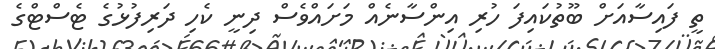
ތީ ފައިސާއަށް ބޫތުކައިފަ ހުރި އިންސާނެއް މަށައްވެސް ދިނީ ކެހި ދަރިފުޅުގެ ޓެސްޓްގެ